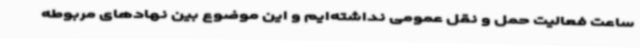
ساعت فعالیت حمل و نقل عمومی نداشته‌ایم و این موضوع بین نهادهای مربوطه